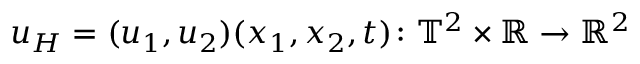
u _ { H } = ( u _ { 1 } , u _ { 2 } ) ( x _ { 1 } , x _ { 2 } , t ) \colon \ensuremath { \mathbb { T } } ^ { 2 } \times \ensuremath { \mathbb { R } } \to \ensuremath { \mathbb { R } } ^ { 2 }